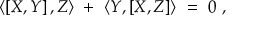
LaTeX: \langle \left[ X , Y \right] , Z \rangle \ + \ \langle Y , \left[ X , Z \right] \rangle \ = \ 0 \ ,